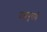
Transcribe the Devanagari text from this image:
ब्रह्मपुराणे